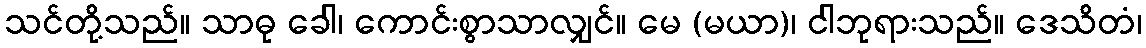
သင်တို့သည်။ သာဓု ခေါ၊ ကောင်းစွာသာလျှင်။ မေ (မယာ)၊ ငါဘုရားသည်။ ဒေသိတံ၊